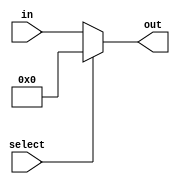
// Chris Kenyon and Brandon Nguyen

`timescale 1ns / 1ns

module controlMux(in, select, out);
  input [9:0] in;
  input select;
  output reg [9:0] out;
  
  always @ (in or select) begin
    if (select) begin
      out <= 10'b0;  
      end
    else begin
      out <= in;
    end
  end
  
endmodule